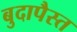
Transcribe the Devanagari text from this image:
बुदापैस्त